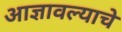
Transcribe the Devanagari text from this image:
आज्ञावल्याचे